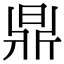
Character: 𣇓